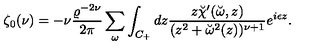
\zeta _ { 0 } ( \nu ) = - \nu { \frac { \varrho ^ { - 2 \nu } } { 2 \pi } } \sum _ { \omega } \int _ { C _ { + } } d z { \frac { z \breve { \chi } ^ { \prime } ( \breve { \omega } , z ) } { ( z ^ { 2 } + \breve { \omega } ^ { 2 } ( z ) ) ^ { \nu + 1 } } } e ^ { i \epsilon z } .